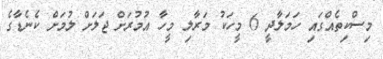
މިސްކިތެއްގައި ހަމަލާދީ 6 މީހަކު މަރާލި މީހާ އުމުރަށް ޖަލަށް ލުމަށް ކެނެޑާގެ